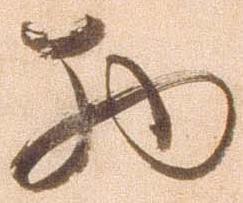
物